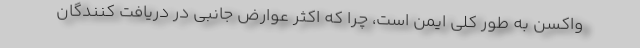
واکسن به طور کلی ایمن است، چرا که اکثر عوارض جانبی در دریافت کنندگان